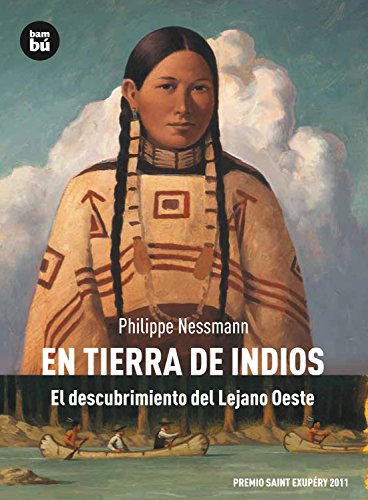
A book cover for En tierra de indios: El descubrimiento del Lejano Oeste (Descubridores del mundo) (Spanish Edition); Philippe Nessmann; Teen & Young Adult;